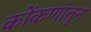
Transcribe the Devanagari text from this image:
कोंकणांतून